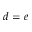
d = e